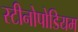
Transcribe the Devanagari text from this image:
स्टीनोपोडियम